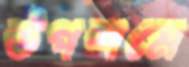
উপশমে